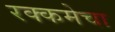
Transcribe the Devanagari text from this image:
रक्कमेचा